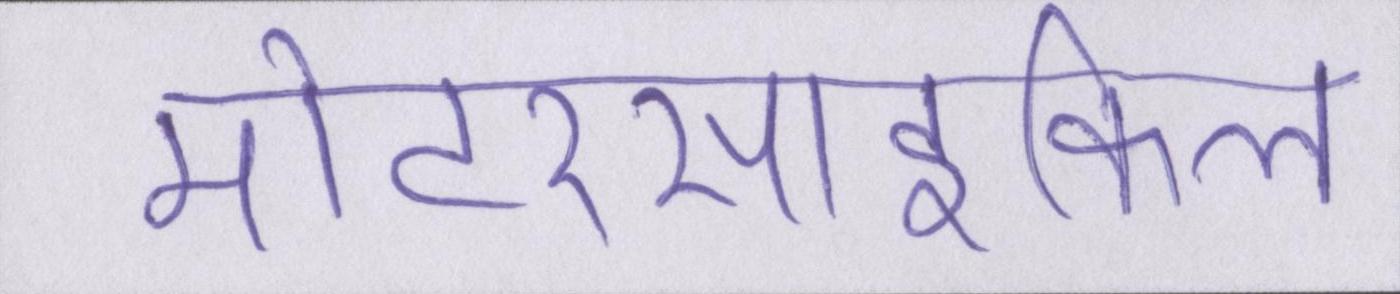
मोटरसाइकिल